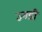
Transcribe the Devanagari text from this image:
उगडी